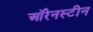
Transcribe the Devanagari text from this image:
ऑरेनस्टीन